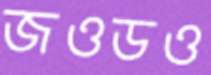
জওডও